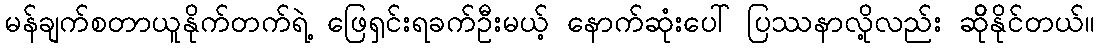
မန်ချက်စတာယူနိုက်တက်ရဲ့ ဖြေရှင်းရခက်ဦးမယ့် နောက်ဆုံးပေါ် ပြဿနာလို့လည်း ဆိိုနိုင်တယ်။